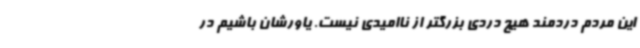
این مردم دردمند هیچ دردی بزرگتر از ناامیدی نیست. یاورشان باشیم در